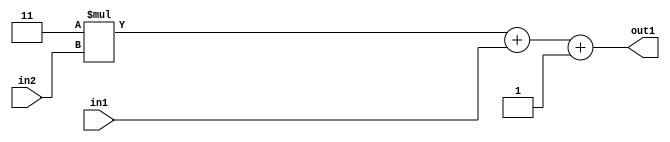
`timescale 1ps / 1ps
/*****************************************************************************
    Verilog RTL Description
    
    
    Created by: Stratus DpOpt 2019.1.01 
*******************************************************************************/

module DC_Filter_Add3i1u1Mul2i3u2_4 (
	in2,
	in1,
	out1
	); /* architecture "behavioural" */ 
input [1:0] in2;
input  in1;
output [3:0] out1;
wire [3:0] asc001;

wire [3:0] asc001_tmp_0;
wire [3:0] asc001_tmp_1;
assign asc001_tmp_1 = 
	+(4'B0011 * in2);
assign asc001_tmp_0 = asc001_tmp_1
	+(in1);
assign asc001 = asc001_tmp_0
	+(4'B0001);

assign out1 = asc001;
endmodule

/* CADENCE  uLX5Sgw= : u9/ySgnWtBlWxVPRXgAZ4Og= ** DO NOT EDIT THIS LINE ******/